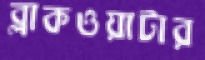
ব্লাকওয়াটার